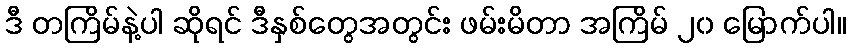
ဒီ တကြိမ်နဲ့ပါ ဆိုရင် ဒီနှစ်တွေအတွင်း ဖမ်းမိတာ အကြိမ် ၂၀ မြောက်ပါ။